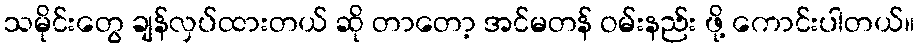
သမိုင်းတွေ ချန်လှပ်ထားတယ် ဆို တာတော့ အင်မတန် ဝမ်းနည်း ဖို့ ကောင်းပါတယ်။